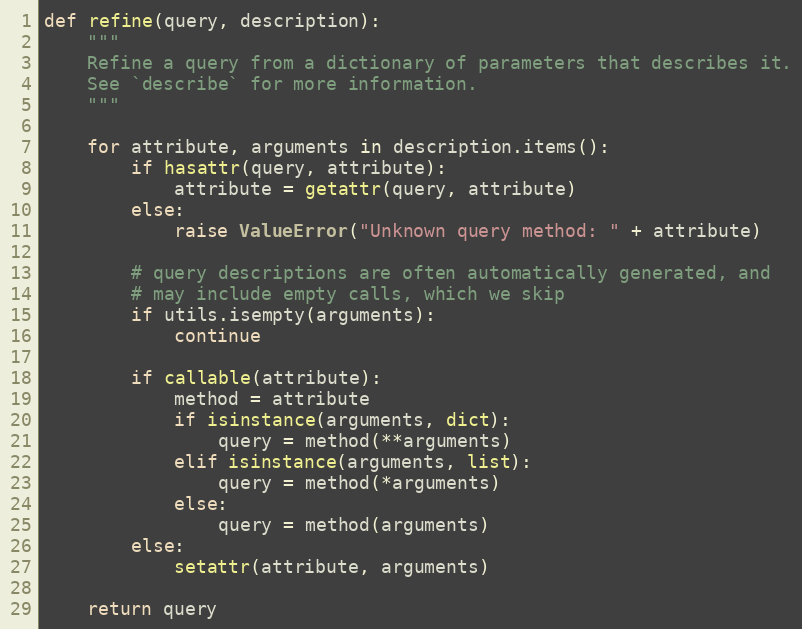
Language: Python
def refine(query, description):
    """
    Refine a query from a dictionary of parameters that describes it.
    See `describe` for more information.
    """

    for attribute, arguments in description.items():
        if hasattr(query, attribute):
            attribute = getattr(query, attribute)
        else:
            raise ValueError("Unknown query method: " + attribute)

        # query descriptions are often automatically generated, and
        # may include empty calls, which we skip
        if utils.isempty(arguments):
            continue

        if callable(attribute):
            method = attribute
            if isinstance(arguments, dict):
                query = method(**arguments)
            elif isinstance(arguments, list):
                query = method(*arguments)
            else:
                query = method(arguments)
        else:
            setattr(attribute, arguments)

    return query